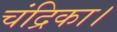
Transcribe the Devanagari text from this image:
चंद्रिका।